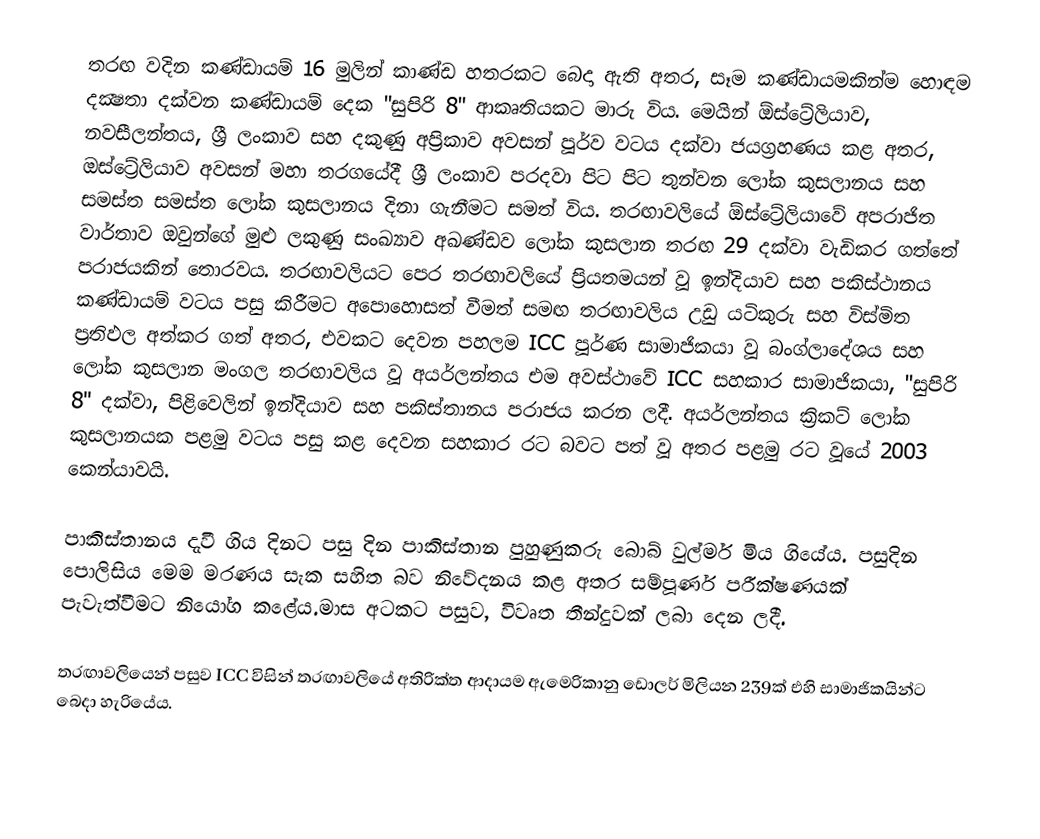
තරඟ වදින කණ්ඩායම් 16 මුලින් කාණ්ඩ හතරකට බෙදා ඇති අතර, සෑම කණ්ඩායමකින්ම හොඳම දක්‍ෂතා දක්වන කණ්ඩායම් දෙක "සුපිරි 8" ආකෘතියකට මාරු විය. මෙයින් ඕස්ට්‍රේලියාව, නවසීලන්තය, ශ්‍රී ලංකාව සහ දකුණු අප්‍රිකාව අවසන් පූර්ව වටය දක්වා ජයග්‍රහණය කළ අතර, ඔස්ට්‍රේලියාව අවසන් මහා තරගයේදී ශ්‍රී ලංකාව පරදවා පිට පිට තුන්වන ලෝක කුසලානය සහ සමස්ත සමස්ත ලෝක කුසලානය දිනා ගැනීමට සමත් විය. තරඟාවලියේ ඕස්ට්‍රේලියාවේ අපරාජිත වාර්තාව ඔවුන්ගේ මුළු ලකුණු සංඛ්‍යාව අඛණ්ඩව ලෝක කුසලාන තරඟ 29 දක්වා වැඩිකර ගත්තේ පරාජයකින් තොරවය. තරඟාවලියට පෙර තරඟාවලියේ ප්‍රියතමයන් වූ ඉන්දියාව සහ පකිස්ථානය කණ්ඩායම් වටය පසු කිරීමට අපොහොසත් වීමත් සමඟ තරඟාවලිය උඩු යටිකුරු සහ විස්මිත ප්‍රතිඵල අත්කර ගත් අතර, එවකට දෙවන පහලම ICC පූර්ණ සාමාජිකයා වූ බංග්ලාදේශය සහ ලෝක කුසලාන මංගල තරඟාවලිය වූ අයර්ලන්තය එම අවස්ථාවේ ICC සහකාර සාමාජිකයා, "සුපිරි 8" දක්වා, පිළිවෙලින් ඉන්දියාව සහ පකිස්තානය පරාජය කරන ලදී. අයර්ලන්තය ක්‍රිකට් ලෝක කුසලානයක පළමු වටය පසු කළ දෙවන සහකාර රට බවට පත් වූ අතර පළමු රට වූයේ 2003 කෙන්යාවයි.

පාකිස්තානය දැවී ගිය දිනට පසු දින පාකිස්තාන පුහුණුකරු බොබ් වුල්මර් මිය ගියේය. පසුදින පොලිසිය මෙම මරණය සැක සහිත බව නිවේදනය කළ අතර සම්පූර්ණ පරීක්ෂණයක් පැවැත්වීමට නියෝග කළේය.මාස අටකට පසුව, විවෘත තීන්දුවක් ලබා දෙන ලදී.

තරඟාවලියෙන් පසුව ICC විසින් තරඟාවලියේ අතිරික්ත ආදායම ඇමෙරිකානු ඩොලර් මිලියන 239ක් එහි සාමාජිකයින්ට බෙදා හැරියේය.